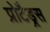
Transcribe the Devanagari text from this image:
प्रोटैड्रस